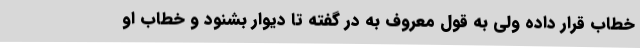
خطاب قرار داده ولی به قول معروف به در گفته تا دیوار بشنود و خطاب او